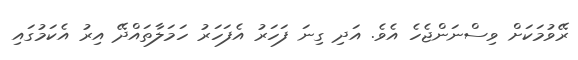
ރޭވުމަކަށް ވިސްނަންޖެހެ އެވެ. އަދި ގިނަ ފަހަރު އެފަހަރު ހަމަލާތައްދޭ އިރު އެކަމުގައި